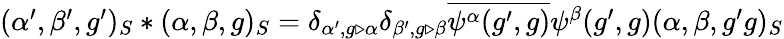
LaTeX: \begin{array}{r}{(\alpha^{\prime},\beta^{\prime},g^{\prime})_{S}\ast(\alpha,\beta,g)_{S}=\delta_{\alpha^{\prime},g\triangleright\alpha}\delta_{\beta^{\prime},g\triangleright\beta}\overline{{\psi^{\alpha}(g^{\prime},g)}}\psi^{\beta}(g^{\prime},g)(\alpha,\beta,g^{\prime}g)_{S}}\end{array}